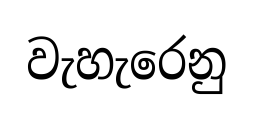
වැහැරෙනු